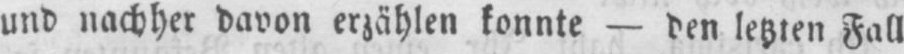
und nachher davon erzählen konnte - den letzten Fall